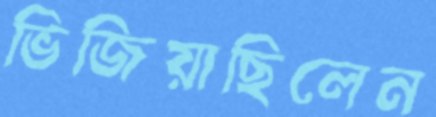
ভিজিয়াছিলেন